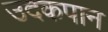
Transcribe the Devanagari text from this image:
उदकपान